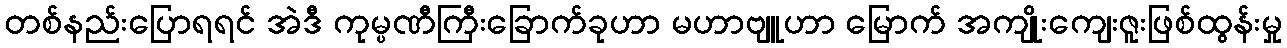
တစ်နည်းပြောရရင် အဲဒီ ကုမ္ပဏီကြီးခြောက်ခုဟာ မဟာဗျူဟာ မြောက် အကျိုးကျေးဇူးဖြစ်ထွန်းမှု